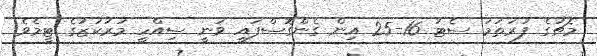
މެޗުގެ ފުރަތަމަ ސެޓު 16-25 އިން ގެންގޮސްފައި ވަނީ ސިއްހީ މަރުކަޒުގެ ޓީމެވެ.